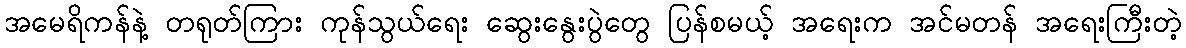
အမေရိကန်နဲ့ တရုတ်ကြား ကုန်သွယ်ရေး ဆွေးနွေးပွဲတွေ ပြန်စမယ့် အရေးက အင်မတန် အရေးကြီးတဲ့